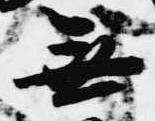
無